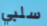
سلبي